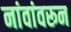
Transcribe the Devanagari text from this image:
नांवांवरून